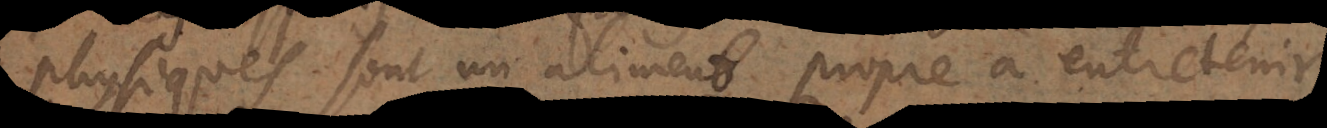
physiques sont un aliment propre à entretenir